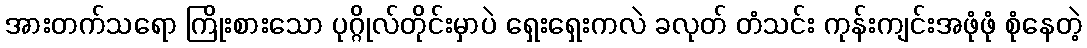
အားတက်သရော ကြိုးစားသော ပုဂ္ဂိုလ်တိုင်းမှာပဲ ရှေးရှေးကလဲ ခလုတ် တံသင်း ကုန်းကျင်းအဖုံဖုံ စုံနေတဲ့